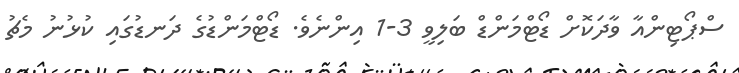
ސްޕޯޓިންއާ ވާދަކޮށް ޑޯޓްމަންޑް ބަލިވީ 3-1 އިންނެވެ. ޑޯޓްމަންޑުގެ ދަނޑުގައި ކުޅުނު މެޗު